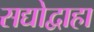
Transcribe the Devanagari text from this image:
सद्योद्वाहा